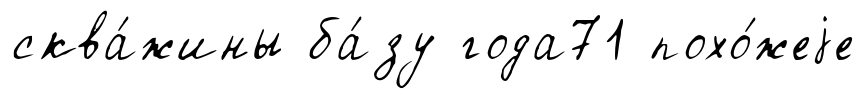
сква́жины ба́зу года71 похо́жеjе